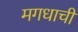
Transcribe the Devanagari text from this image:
मगधाची